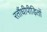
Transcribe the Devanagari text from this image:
रतौंधीपीड़ितों